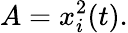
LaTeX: A=x_{i}^{2}(t).